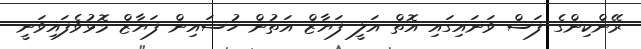
ރޭންކިންގެ ފަސް ވަނައިގައި އޮތް އަލީ ފަޔާޒް އަތުން ހުސައިން ފަޔާޒް މޮޅުވެފައިވަނީ